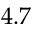
4 . 7